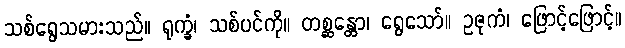
သစ်ရွေသမားသည်။ ရုက္ခံ၊ သစ်ပင်ကို။ တစ္ဆန္တော၊ ရွေသော်။ ဥဇုကံ၊ ဖြောင့်ဖြောင့်။